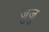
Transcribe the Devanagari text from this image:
जुजु